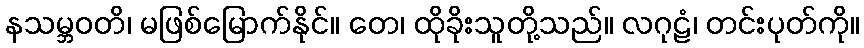
နသမ္ဘဝတိ၊ မဖြစ်မြောက်နိုင်။ တေ၊ ထိုခိုးသူတို့သည်။ လဂုဠံ၊ တင်းပုတ်ကို။